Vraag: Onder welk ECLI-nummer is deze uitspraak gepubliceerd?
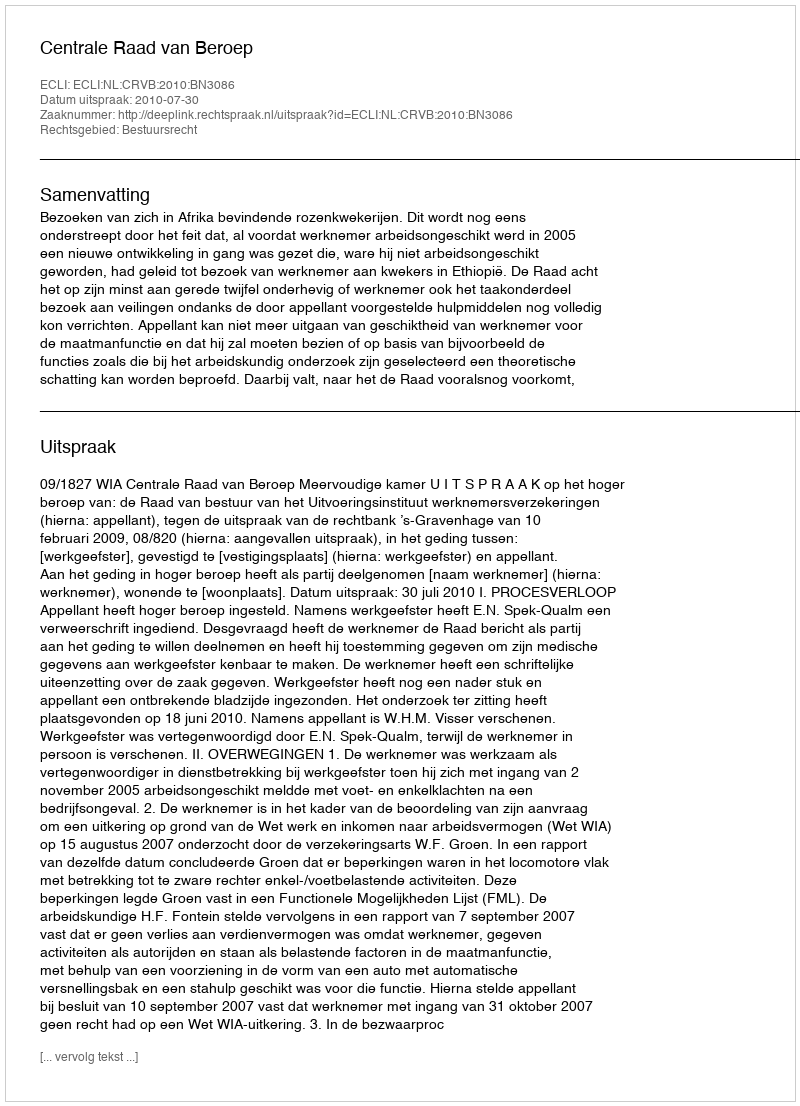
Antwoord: ECLI:NL:CRVB:2010:BN3086